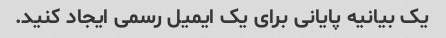
یک بیانیه پایانی برای یک ایمیل رسمی ایجاد کنید.